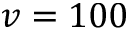
v = 1 0 0